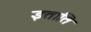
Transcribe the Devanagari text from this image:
इताति